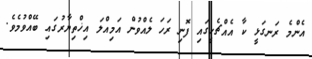
އެންމެ ރަނގަޅީ ކާ އެއްޗެހީގައި ފޮނި ރަހަ ލެއްވުން އަމިއްލަ އިޚްތިޔާރުގައި ބޭއްވުމެވެ.